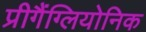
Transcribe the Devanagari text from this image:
प्रीगैंग्लियोनिक